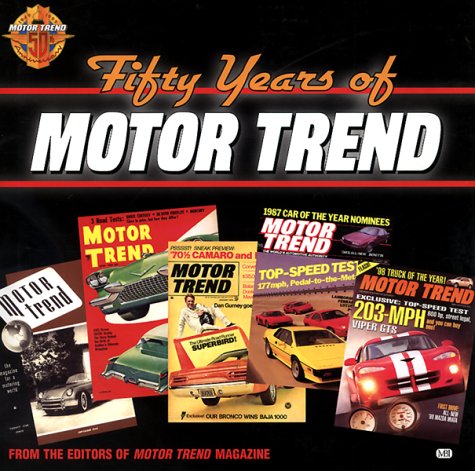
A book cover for Fifty Years of Motor Trend; Crafts, Hobbies & Home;